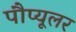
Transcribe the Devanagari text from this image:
पौप्यूलर